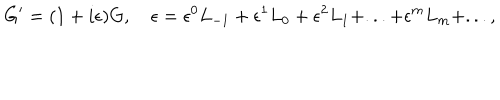
G ^ { \prime } = ( 1 + i \epsilon ) G , \quad \epsilon = \epsilon ^ { 0 } L _ { - 1 } + { \epsilon ^ { 1 } } L _ { 0 } + { \epsilon ^ { 2 } } L _ { 1 } + . . . + { \epsilon ^ { m } } L _ { m } + . . . ,